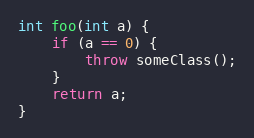
Language: C++
int foo(int a) {
    if (a == 0) {
        throw someClass();
    }
    return a;
}